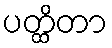
ပတ္ထိတာ